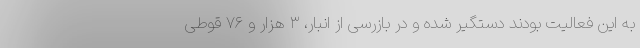
به این فعالیت بودند دستگیر شده و در بازرسی از انبار، ۳ هزار و ۷۶ قوطی